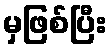
မှဖြစ်ပြီး